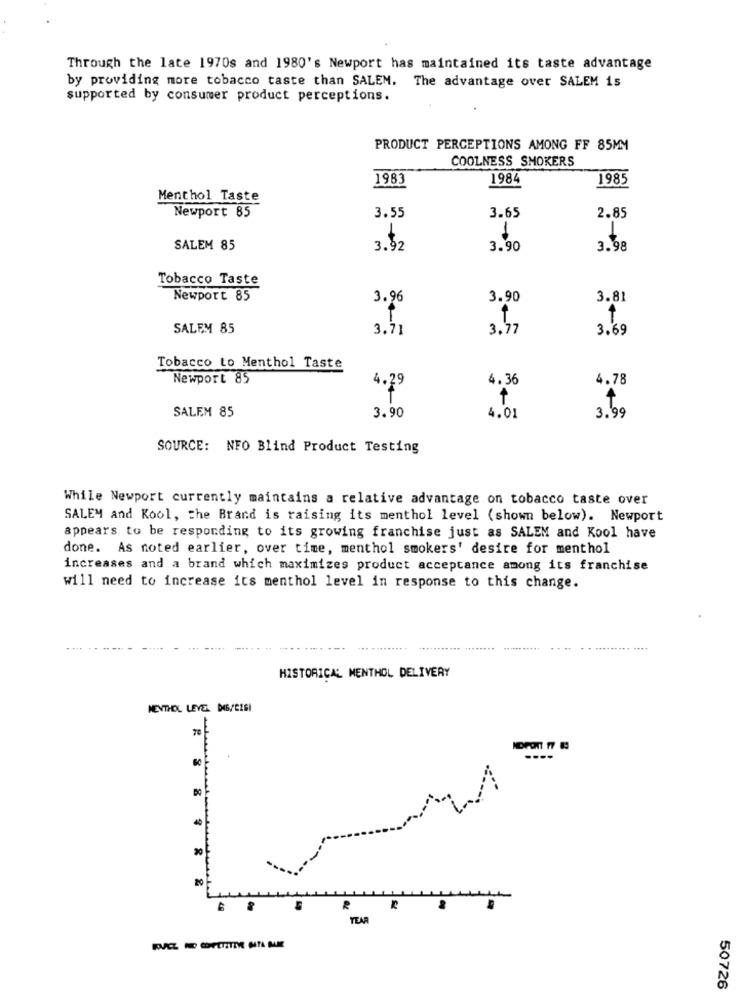
Through the late 1970s and 1980's Newport has maintained its taste advantage
by providing more tobacco taste than SALEM. The advantage over SALEM is
supported by consumer product perceptions.
PRODUCT PERCEPTIONS AMONG FF 85MM
COOLNESS SMOKERS
1983
1984
1985
Menthol Taste
Newport 85
3.55
3.65
2.85
1
SALEM 85
3.$2
3.90
3.98
Tobacco Taste
Newport 85
3.96
3.90
3.81
SALEM 85
3.71
3.77
3.69
Tobacco to Menthol Taste
Newport 85
4.36
4.78
29
SALEM 85
3.90
4.01
3.99
SOURCE: NFO Blind Product Testing
While Newport currently maintains a relative advantage on tobacco taste over
SALEM and Kool, the Brand is raising its menthol level (shown below). Newport
appears to be responding to its growing franchise just as SALEM and Kool have
done. As noted earlier, over time, menthol smokers' desire for menthol
increases and a brand which maximizes product acceptance among its franchise
will need to increase its menthol level in response to this change.
.......
HISTORICAL MENTHOL DELIVERY
MENTHOL LEYER BAB/EZEI
-
20
R
...
YEAR
50726